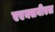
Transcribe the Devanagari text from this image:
एएक्सबीएल